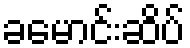
ခမောင်းဆိပ်